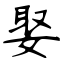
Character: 娶